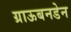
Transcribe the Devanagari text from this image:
ग्राऊबनडेन